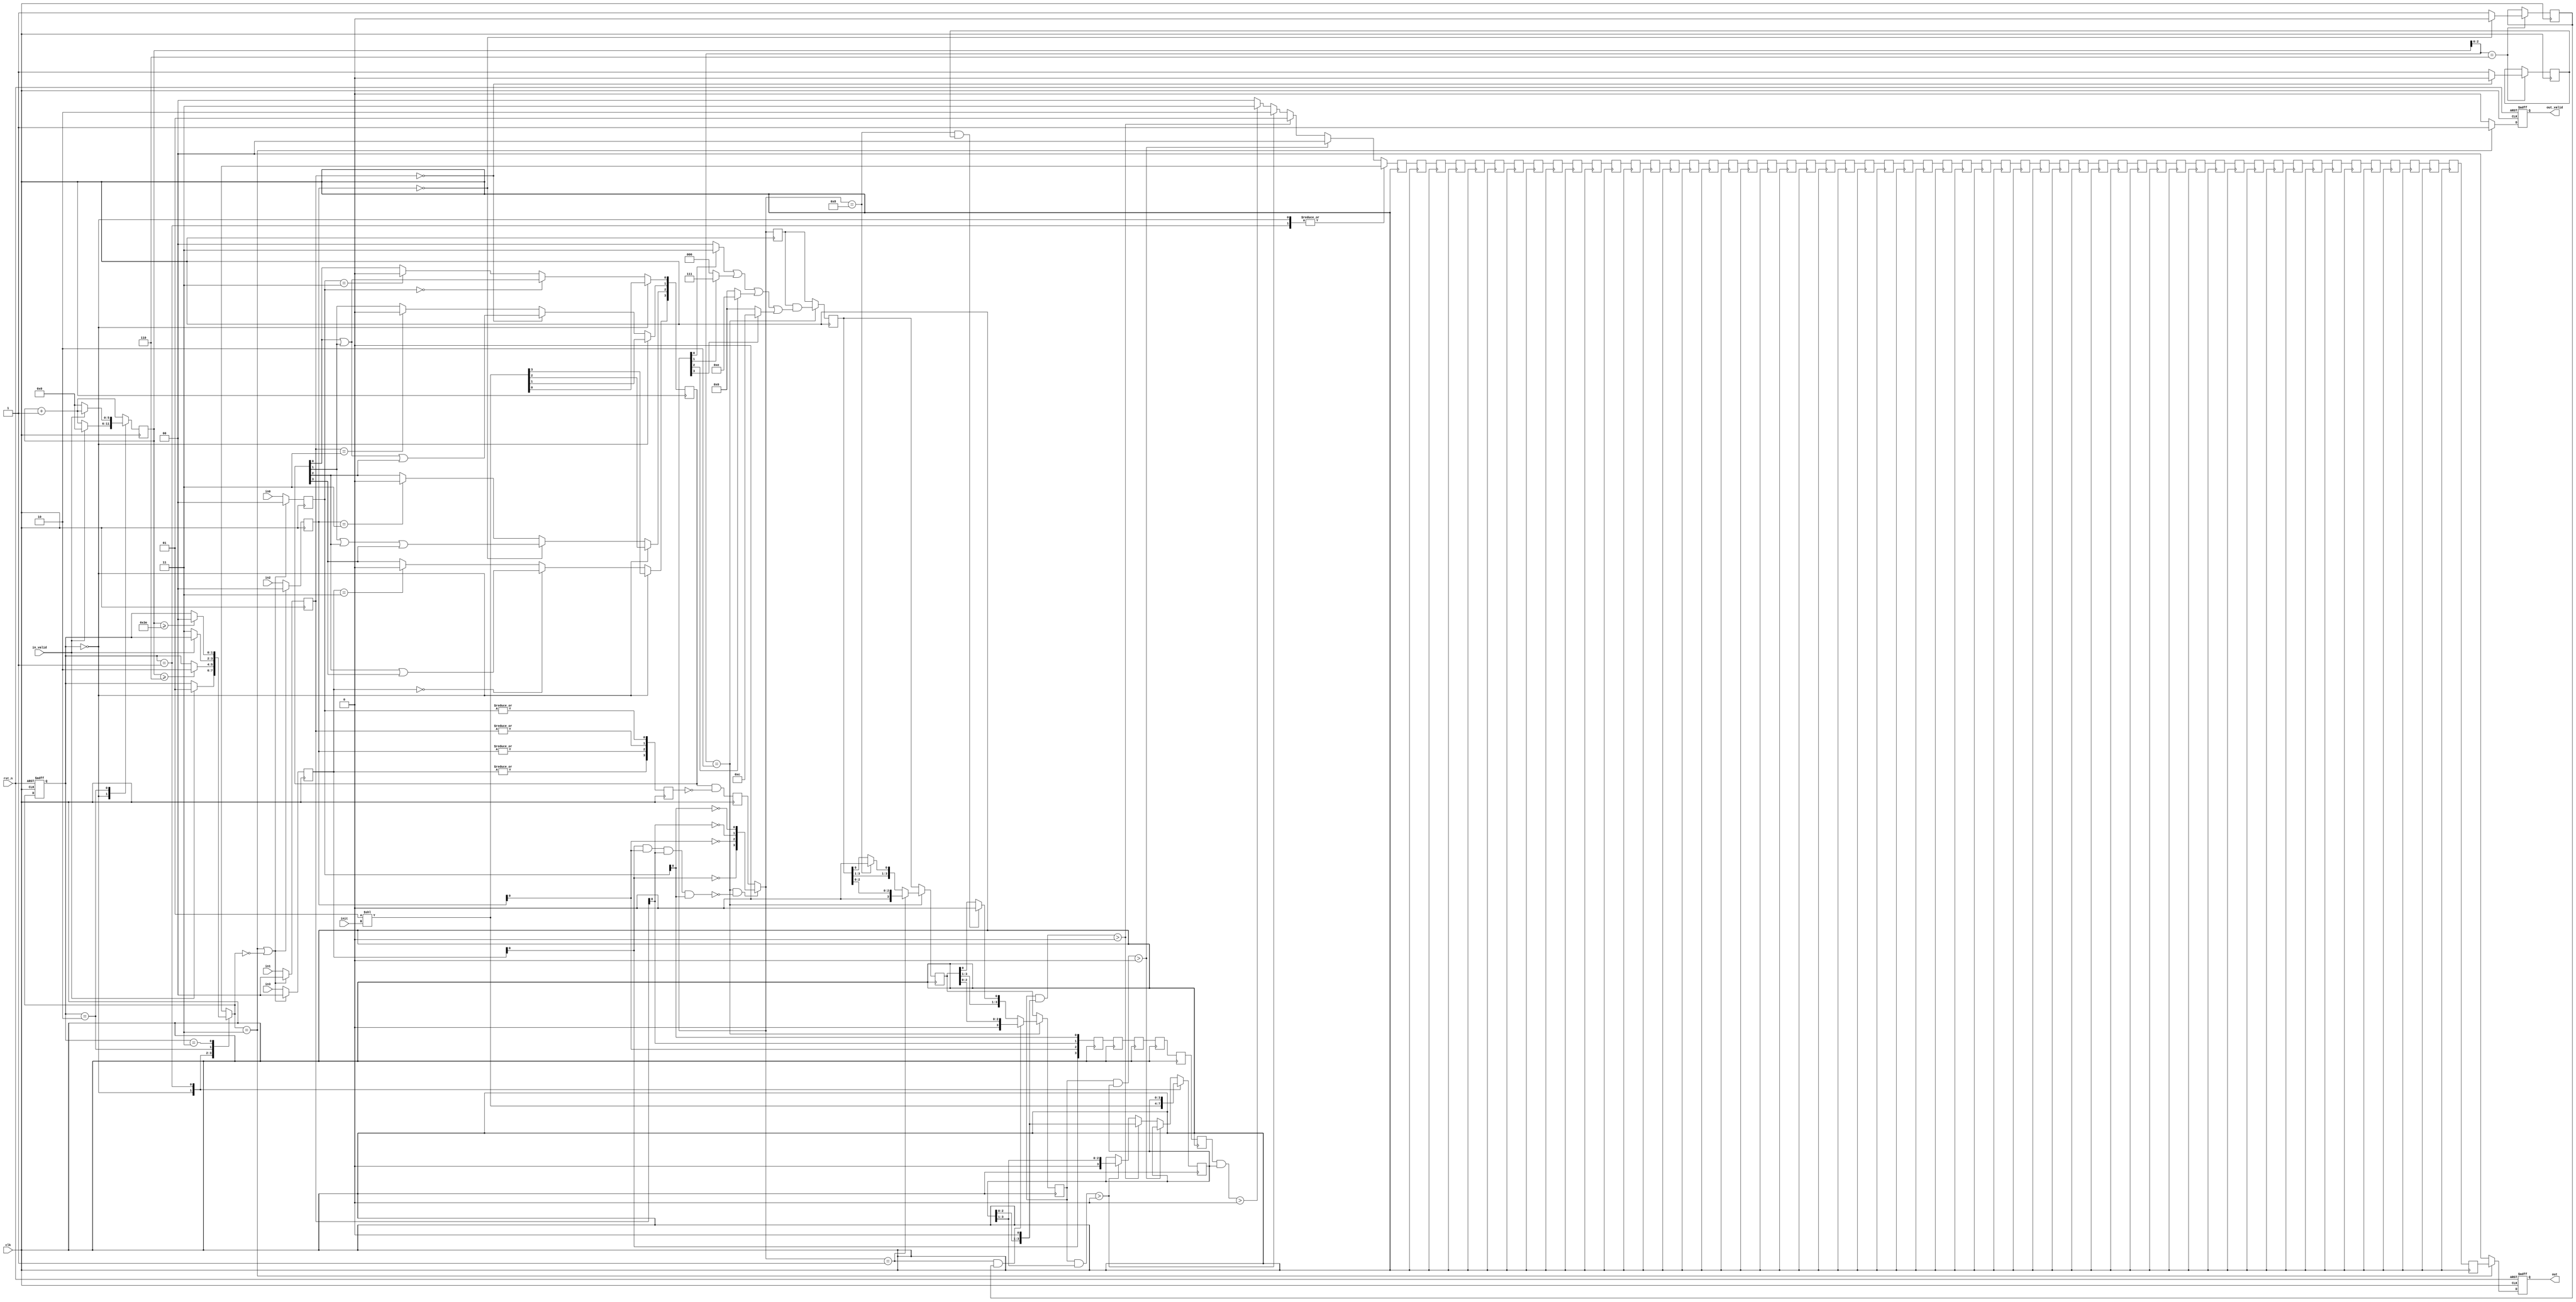
module SUBWAY(
    //Input Port
    clk,
    rst_n,
    in_valid,
    init,
    in0,
    in1,
    in2,
    in3,
    //Output Port
    out_valid,
    out
);


input clk, rst_n;
input in_valid;
input [1:0] init;
input [1:0] in0, in1, in2, in3; 
output reg       out_valid;
output reg [1:0] out;

//==============================================//
//       parameter & integer declaration        //
//==============================================//
parameter IDLE  = 2'b00;
parameter IN1   = 2'b01;
parameter IN2   = 2'b10;	
parameter OUT   = 2'b11;

//==============================================//
//           reg & wire declaration             //
//==============================================//
reg [1:0]   curr_state, next_state;
reg [5:0]   counter, next_counter;
reg [2:0]   id, next_id;

reg [1:0]   move_info [55:0];
reg [1:0]   in_move_info_0;

reg [3:0]   map_info  [5:0];
reg [3:0]   low_obs_info  [5:0];
reg [3:0]   in_map_info_0;
reg [3:0]   in_map_info_1;
reg [3:0]   in_map_info_2;
reg [3:0]   in_map_info_3;
reg [3:0]   in_map_info_4;
reg [3:0]   in_map_info_5;
reg [3:0]   pos, next_pos;
reg [3:0]   is_obs;
reg [3:0]   train_pos;
reg         is_obs_1, is_obs_2; // only change when id == 6
reg         change_flag;
reg [3:0]   filters[3:0];
reg [1:0]   i0, i1, i2, i3; 

//==============================================//
//                  design                      //
//==============================================//
// -----
//  FSM
// -----
always @(posedge clk, negedge rst_n) begin
    if(!rst_n)  curr_state <= IDLE;
    else        curr_state <= next_state;
end

always @(*) begin
    next_state = curr_state;
    case(curr_state)
        IDLE:   if(in_valid)        next_state = IN1;
        IN1:    if(counter >= 6)    next_state = IN2;
        IN2:    if(!in_valid)       next_state = OUT;
        OUT:    if(counter >= 62)   next_state = IDLE;
    endcase
end

// ---------
//  counter
// ---------
always @(posedge clk) begin
    counter <= next_counter;
end

always @(*) begin
    next_counter = counter + 1;
    case(curr_state)
        IDLE:   if(in_valid)        next_counter = 0;
        IN2:    if(!in_valid)       next_counter = 0;
    endcase
end
always @(*) begin 
    id = counter[2:0];
    next_id = next_counter[2:0];
end

// -----------
// input_block
// -----------
always @(posedge clk) begin
    if(next_state == OUT || next_state == IDLE) begin
        i0 <= 0;
        i1 <= 0;
        i2 <= 0;
        i3 <= 0;
    end
    else begin
        i0 <= in0;
        i1 <= in1;
        i2 <= in2;
        i3 <= in3;
    end
end

always @(posedge clk) begin
    is_obs <= {|i3, |i2, |i1, |i0};
    if(id == 6) begin
        is_obs_1 <= (i1 == 0) ? 0 : 1;
        is_obs_2 <= (i2 == 0) ? 0 : 1;
    end
    else begin
        is_obs_1 <= is_obs_1;
        is_obs_2 <= is_obs_2;
    end
end

// -----------
always @(posedge clk) begin
    low_obs_info[0] <= {i3[0], i2[0], i1[0], i0[0]};
    low_obs_info[1] <= low_obs_info[0];
    low_obs_info[2] <= low_obs_info[1];
    low_obs_info[3] <= low_obs_info[2];
    low_obs_info[4] <= low_obs_info[3];
    low_obs_info[5] <= low_obs_info[4];
end

// -----------
always @(posedge clk) begin
    map_info[0] <= in_map_info_0;
    map_info[1] <= in_map_info_1;
    map_info[2] <= in_map_info_2;
    map_info[3] <= in_map_info_3;
    map_info[4] <= in_map_info_4;
    map_info[5] <= in_map_info_5;
end

always @(*) begin
    if(curr_state == IDLE) 
        in_map_info_0 = 1 << init;
    else begin
        if(i0 == 'b00)         in_map_info_0[0] = map_info[0][0] | map_info[0][1];
        else if(i0 == 'b11)    in_map_info_0[0] = 0;
        else                   in_map_info_0[0] = map_info[0][0];
        if(i1 == 'b00)         in_map_info_0[1] = map_info[0][0] | map_info[0][1] | map_info[0][2];
        else if(i1 == 'b11)    in_map_info_0[1] = 0;
        else                   in_map_info_0[1] = map_info[0][1];
        if(i2 == 'b00)         in_map_info_0[2] = map_info[0][1] | map_info[0][2] | map_info[0][3];
        else if(i2 == 'b11)    in_map_info_0[2] = 0;
        else                   in_map_info_0[2] = map_info[0][2];
        if(i3 == 'b00)         in_map_info_0[3] = map_info[0][2] | map_info[0][3];
        else if(i3 == 'b11)    in_map_info_0[3] = 0;
        else                   in_map_info_0[3] = map_info[0][3];
    end
end

always @(*) begin
    in_map_info_1 = map_info[0] & (~is_obs);

    change_flag = ~(i3[0] & i2[0] & i1[0] & i0[0]);
    in_map_info_2 = (id == 2 && change_flag) ? {~i3[0], ~i2[0], ~i1[0], ~i0[0]} : map_info[1];
    train_pos = in_map_info_2;

    filters[0] = (train_pos[0]) ? 4'b0011 : 4'b0000;
    filters[1] = (train_pos[1]) ? 4'b0111 : 4'b0000;
    filters[2] = (train_pos[2]) ? 4'b1110 : 4'b0000;
    filters[3] = (train_pos[3]) ? 4'b1100 : 4'b0000;
    in_map_info_3 = (id == 2) ? (map_info[2] & (filters[0] | filters[1] | filters[2] | filters[3])) : map_info[2];

    if(id == 2) begin
        if(train_pos == 4'b0001)                    in_map_info_4 = {1'b0, map_info[3][2:0]};
        else if(train_pos == 4'b1000)               in_map_info_4 = {map_info[3][3:1], 1'b0};
        else                                        in_map_info_4 = map_info[3];
    end else                                        in_map_info_4 = map_info[3];

    if(id == 2) begin
        if(train_pos == 4'b0001 && is_obs_2)        in_map_info_5 = {1'b0, map_info[4][2:0]};
        else if(train_pos == 4'b1000 && is_obs_1)   in_map_info_5 = {map_info[4][3:1], 1'b0};
        else                                        in_map_info_5 = map_info[4];
    end else                                        in_map_info_5 = map_info[4];
end

// -----------
always @(posedge clk) begin
    pos <= next_pos;
    move_info[0] <= in_move_info_0;
end

reg [3:0] move_forward;
reg [3:0] move_right;
reg [3:0] move_left;
reg [3:0] move_jump;

always @(*) begin
    move_forward  = map_info[5] & pos;
    move_right    = map_info[5] & (pos << 1);
    move_left     = map_info[5] & (pos >> 1);
    move_jump     = low_obs_info[5] & pos;
end

always @(*) begin
    next_pos = pos;
    in_move_info_0 = 'bx;
    case(curr_state)
        IDLE:   next_pos = 1 << init;
        IN1:    next_pos = pos;
        default: begin
            if(move_forward > 0) begin
                next_pos = pos;
                in_move_info_0 = 0; // forward
            end
            else if(move_right > 0) begin
                next_pos = pos << 1;
                in_move_info_0 = 1; // right
            end
            else if(move_left > 0) begin
                next_pos = pos >> 1;
                in_move_info_0 = 2; // left
            end
            else begin
                next_pos = pos;
                if(move_jump > 0)   in_move_info_0 = 3; // jump
                else                in_move_info_0 = 0; // forward
            end
        end
    endcase
end

// ---------------
// shift registers
// ---------------
genvar i;
generate
    for(i = 1; i <= 55; i = i+1) begin : shift_reg
        always @(posedge clk) begin
            move_info[i] <= move_info[i-1];
        end
    end
endgenerate

// ------------
// output_block
// ------------
always @(posedge clk, negedge rst_n) begin
    if(!rst_n) begin
        out_valid <= 0;
        out <= 0;
    end
    else begin
        if (next_state == OUT) begin
            out_valid <= 1;
            out <= move_info[55];
        end
        else begin
            out_valid <= 0;
            out <= 0;
        end
    end
end

endmodule